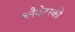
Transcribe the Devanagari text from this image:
ब्लैवेटस्की